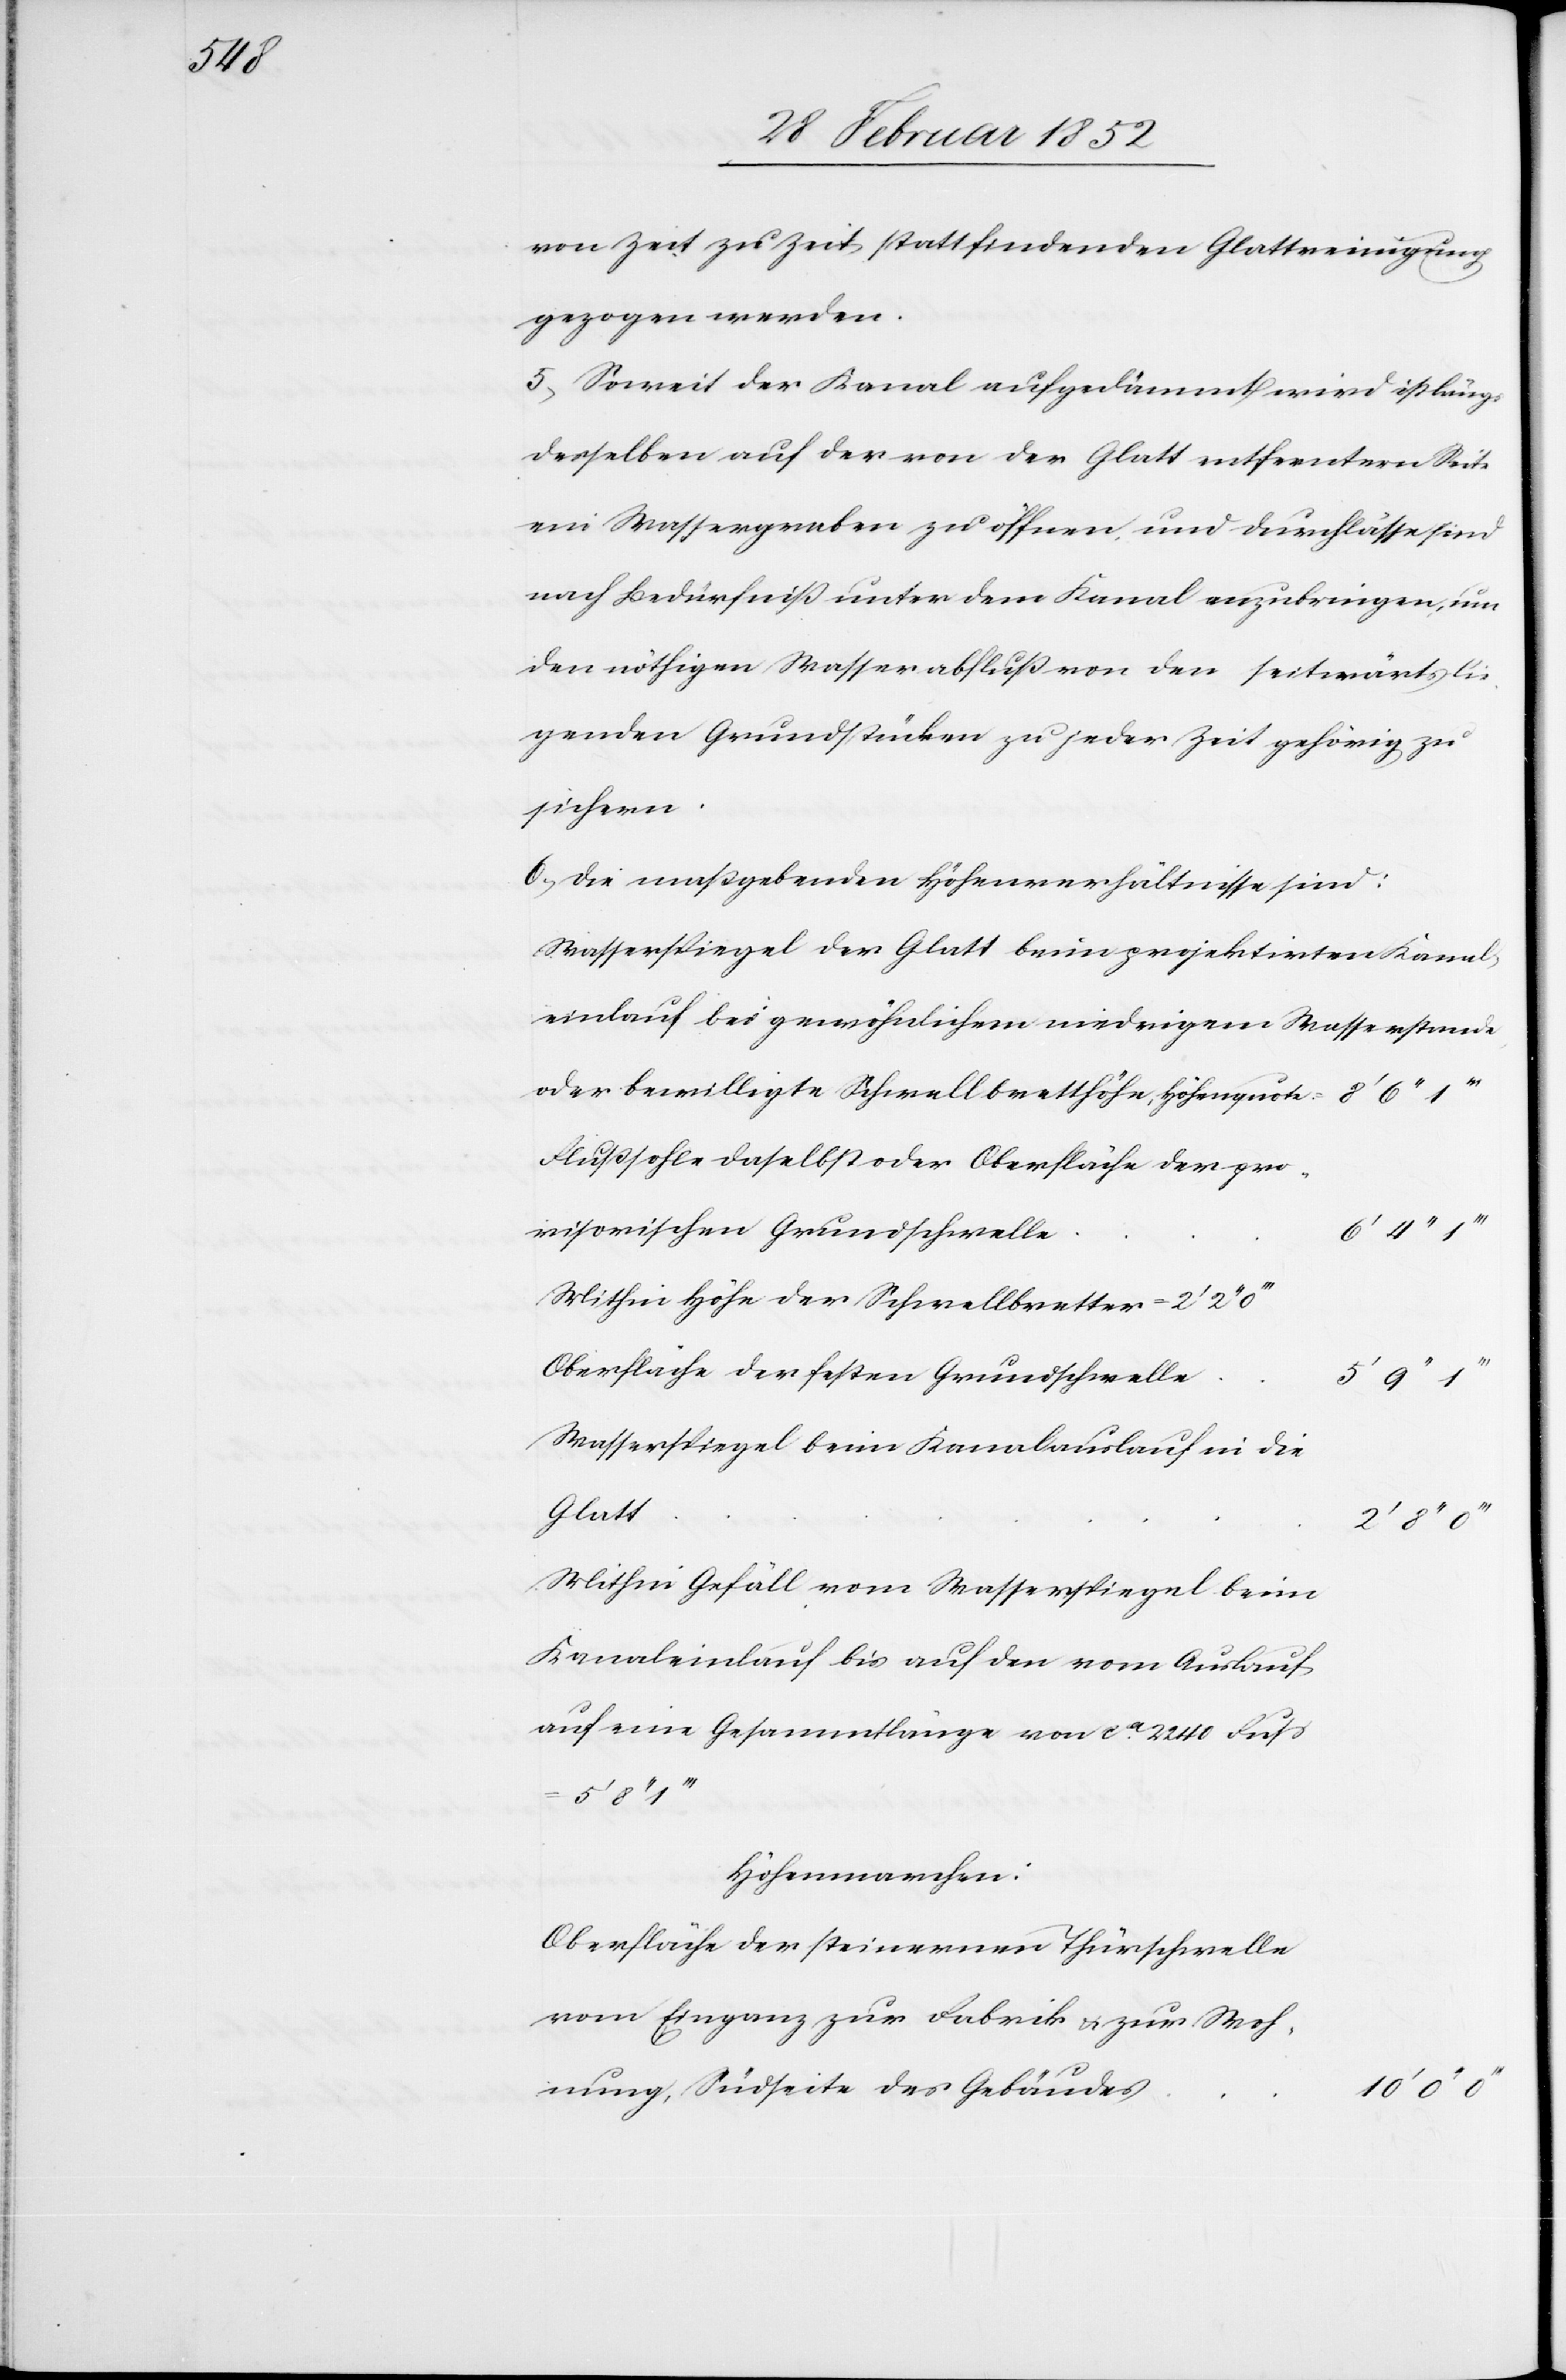
von Zeit zu Zeit stattfindenden Glattreinigung
gezogen werden.
5) Soweit der Kanal aufgedämmt wird ist längs
derselben auf der von der Glatt entferntern Seite
ein Wassergraben zu öffnen und Durchlässe sind
nach Bedürfniß unter dem Kanal anzubringen, um
den nöthigen Wasserabfluß von den seitwärts lie¬
genden Grundstücken zu jeder Zeit gehörig zu
sichern.
6.) Die maßgebenden Höhenverhältnisse sind:
Wasserspiegel der Glatt beim projektirten Kanal¬
einlauf bei gewöhnlichem niedrigem Wasserstande
oder bewilligte Schwellbretthöhe, Höhenquote =
Flußsohle daselbst oder Oberfläche der pro¬
visorischen Grundschwelle
6’ 4’’
Mithin Höhe der Schwellbretter = 2’
Oberfläche der festen Grundschwelle
5’
Wasserspiegel beim Kanalauslauf in die
Glatt
Mithin Gefäll vom Wasserspiegel beim
Kanaleinlauf bis auf den vom Auslauf
auf eine Gesammtlänge von ca 2240 Fuß
5’ 8’’
Höhenmarchen:
Oberfläche der steinernen Thürschwelle
vom Eingang zur Fabrik u. zur Woh¬
nung, Südseite des Gebäudes
10’ 0’’